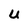
Character: u